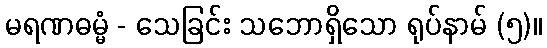
မရဏဓမ္မံ - သေခြင်း သဘောရှိသော ရုပ်နာမ် (၅)။